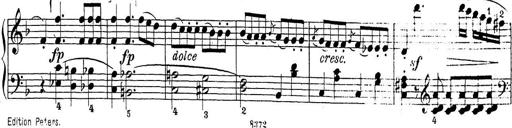
Title: Sonatina Album
Composer: Louis KÃ¶hler